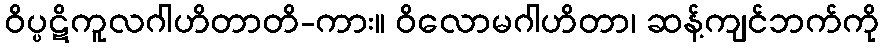
ဝိပ္ပဋိကူလဂါဟိတာတိ-ကား။ ဝိလောမဂါဟိတာ၊ ဆန့်ကျင်ဘက်ကို